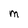
Character: M